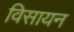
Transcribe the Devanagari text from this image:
विसायन